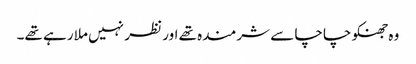
وہ جھنکو چاچا سے شرمندہ تھے اور نظر نہیں ملا رہے تھے۔